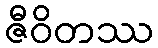
ဇီဝိတဿ